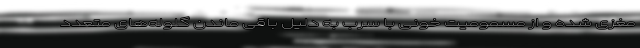
مغزی شده و از مسمومیت خونی با سرب به دلیل باقی ماندن گلوله‌های متعدد